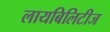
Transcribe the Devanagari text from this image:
लायबिलिटीज